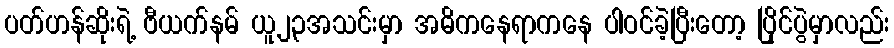
ပတ်ဟန်ဆိုးရဲ့ ဗီယက်နမ် ယူ၂၃အသင်းမှာ အဓိကနေရာကနေ ပါဝင်ခဲ့ပြီးတော့ ပြိုင်ပွဲမှာလည်း